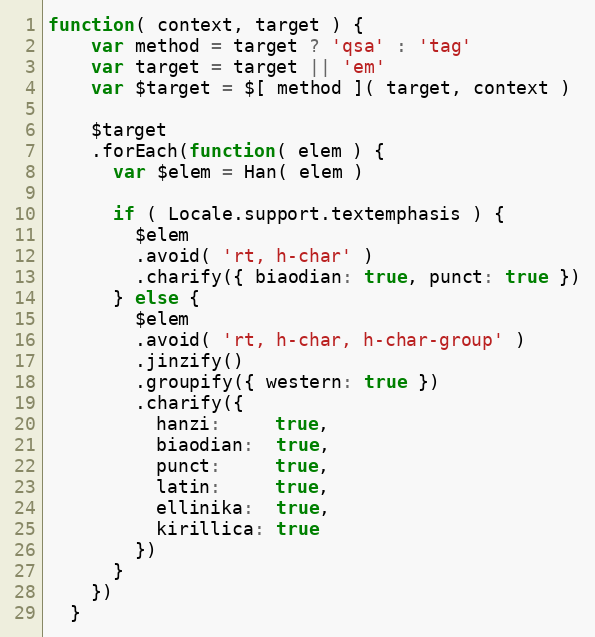
Language: JavaScript
function( context, target ) {
    var method = target ? 'qsa' : 'tag'
    var target = target || 'em'
    var $target = $[ method ]( target, context )

    $target
    .forEach(function( elem ) {
      var $elem = Han( elem )

      if ( Locale.support.textemphasis ) {
        $elem
        .avoid( 'rt, h-char' )
        .charify({ biaodian: true, punct: true })
      } else {
        $elem
        .avoid( 'rt, h-char, h-char-group' )
        .jinzify()
        .groupify({ western: true })
        .charify({
          hanzi:     true,
          biaodian:  true,
          punct:     true,
          latin:     true,
          ellinika:  true,
          kirillica: true
        })
      }
    })
  }